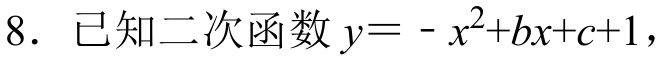
8. 已知二次函数 \(y=-x^{2}+bx + c + 1\)，